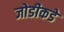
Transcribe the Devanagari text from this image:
जोडीकडे